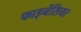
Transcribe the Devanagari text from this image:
फाइनेंसियर